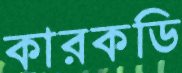
কারকডি